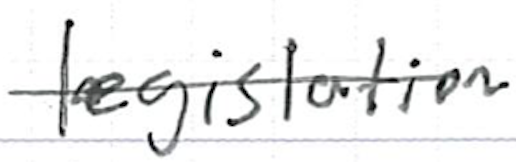
Text: legislation
Cross-out: single-line
Writing tool: ballpoint